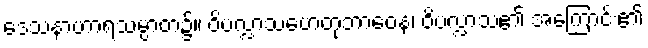
ဒေသနာဟာရသမ္ပာတ၌။ ဝိပလ္လာသဟေတုဘာဝေန၊ ဝိပလ္လာသ၏ အကြောင်း၏